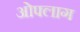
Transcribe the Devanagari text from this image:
ओफ्लाग